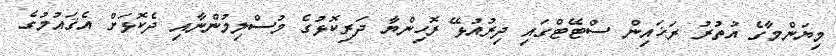
މިޔަންމާގެ އުތުރު ރަޚައިން ސްޓޭޓްގައި ދިރުއުޅޭ ރޮހިންޔާ ދަރިކޮޅުގެ މުސްލިމުންނާއި ދެކޮޅަށް އެޤައުމުގެ